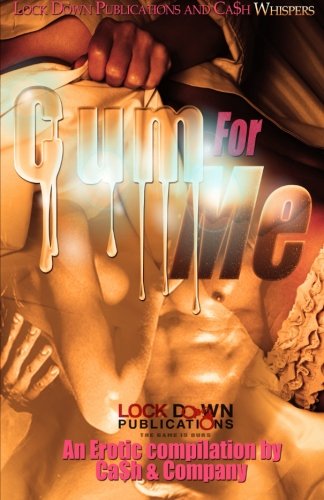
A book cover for Cum For Me; Ca$h; Romance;